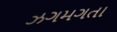
ઝગમગતા